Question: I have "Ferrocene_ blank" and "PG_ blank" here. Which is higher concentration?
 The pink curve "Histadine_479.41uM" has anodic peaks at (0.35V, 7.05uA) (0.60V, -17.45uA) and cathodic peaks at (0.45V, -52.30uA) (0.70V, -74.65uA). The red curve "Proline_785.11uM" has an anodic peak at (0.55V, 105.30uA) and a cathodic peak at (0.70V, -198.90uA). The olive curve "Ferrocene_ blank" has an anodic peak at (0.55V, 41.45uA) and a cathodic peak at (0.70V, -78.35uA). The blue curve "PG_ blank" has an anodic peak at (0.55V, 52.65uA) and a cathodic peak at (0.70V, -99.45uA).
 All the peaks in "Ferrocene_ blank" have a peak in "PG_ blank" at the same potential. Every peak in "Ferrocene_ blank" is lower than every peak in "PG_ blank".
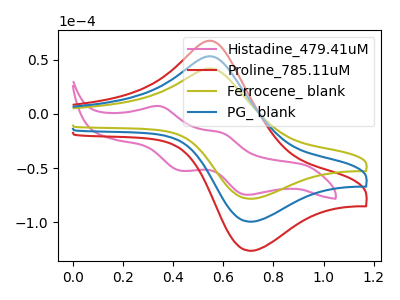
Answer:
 <answer>"Ferrocene_ blank" has less signal than "PG_ blank" and so likely has a lower concentration.</answer>
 <eval>less_concentration</eval>